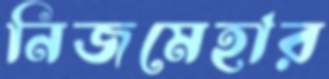
নিজমেহার